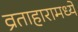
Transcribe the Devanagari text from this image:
व्रताहारामध्ये